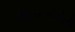
ઓટોમોબીલીની